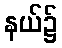
နယ်၌